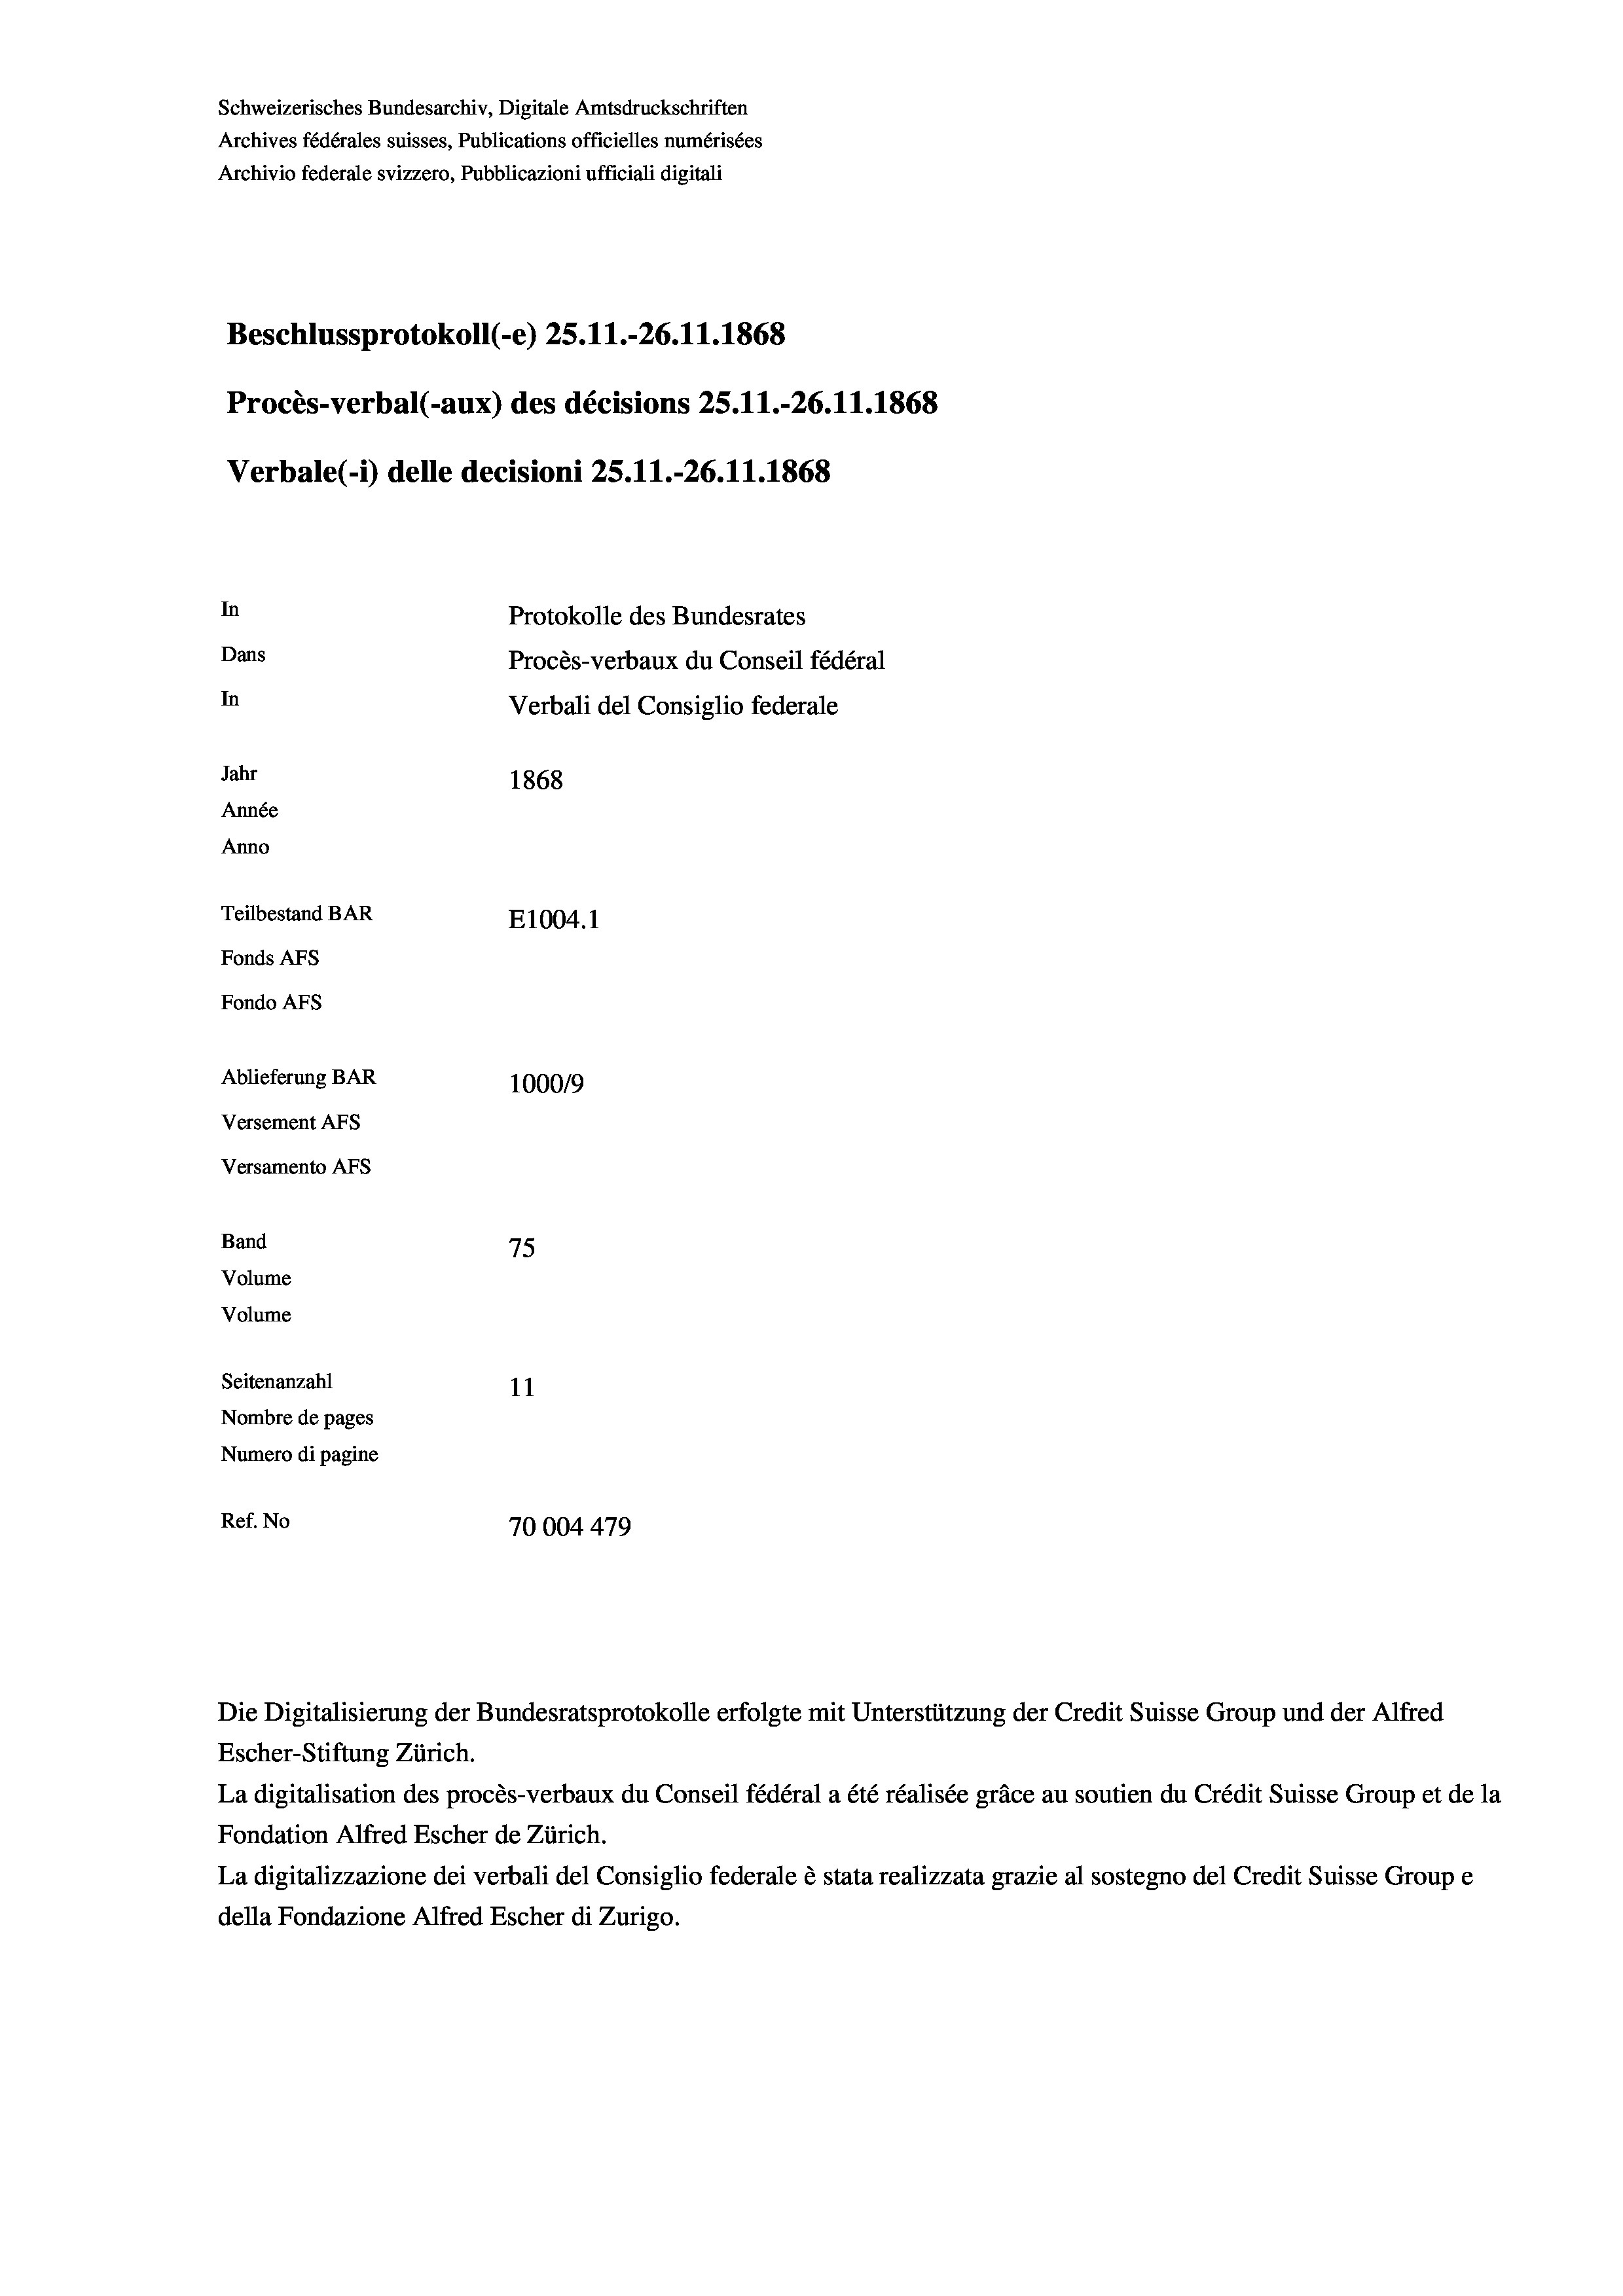
Schweizerisches Bundesarchiv, Digitale Amtsdruckschriften
Archives fédérales suisses, Publications officielles numérisées
Archivio federale svizzero, Pubblicazioni ufficiali digitali
Beschlussprotokoll (-e) 25.11.-26. 11. 1868
Procès-verbal (-aux) des décisions 25.11.-26.11.1868
Verbale (- 1) delle decisioni 25.11.-26.11.1868
In
Protokolle des Bundesrates
Dans
Procès-verbaux du Conseil fédéral
In
Verbali del Consiglio federale
Jahr
1868
Année
Anno
Teilbestand BAR
E1004. 1
Fonds AFs
Fondo AFS
Ablieferung BAR
100019
Versement AFs
Versamento AFs
Band
75
Volume
Volume
Seitenanzahl
11
Nombre de pages
Numero di pagine
Ref. No
70004 479

Die Digitalisierung der Bundesratsprotokolle erfolgte mit Unterstützung der Credit Suisse Group und der Alfred
Escher-Stiftung Zürich.
La digitalisation des procès-verbaux du Conseil fédéral a été réalisée gräce au soutien du Crédit Suisse Group et de la
Fondation Alfred Escher de Zürich.
La digitalizzazione dei verbali del Consiglio federale è stata realizzata grazie al sostegno del Credit Suisse Groupe
della Fondazione Alfred Escher di Zurigo.